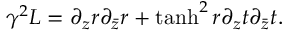
\gamma ^ { 2 } { \cal L } = \partial _ { z } r \partial _ { \bar { z } } r + \operatorname { t a n h } ^ { 2 } r \partial _ { z } t \partial _ { \bar { z } } t .